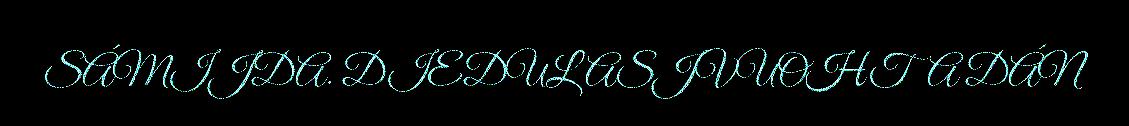
SÁMIJDA. DIEDULASJVUOHTA DÁN